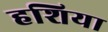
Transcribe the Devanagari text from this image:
हशिया